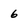
Character: 6